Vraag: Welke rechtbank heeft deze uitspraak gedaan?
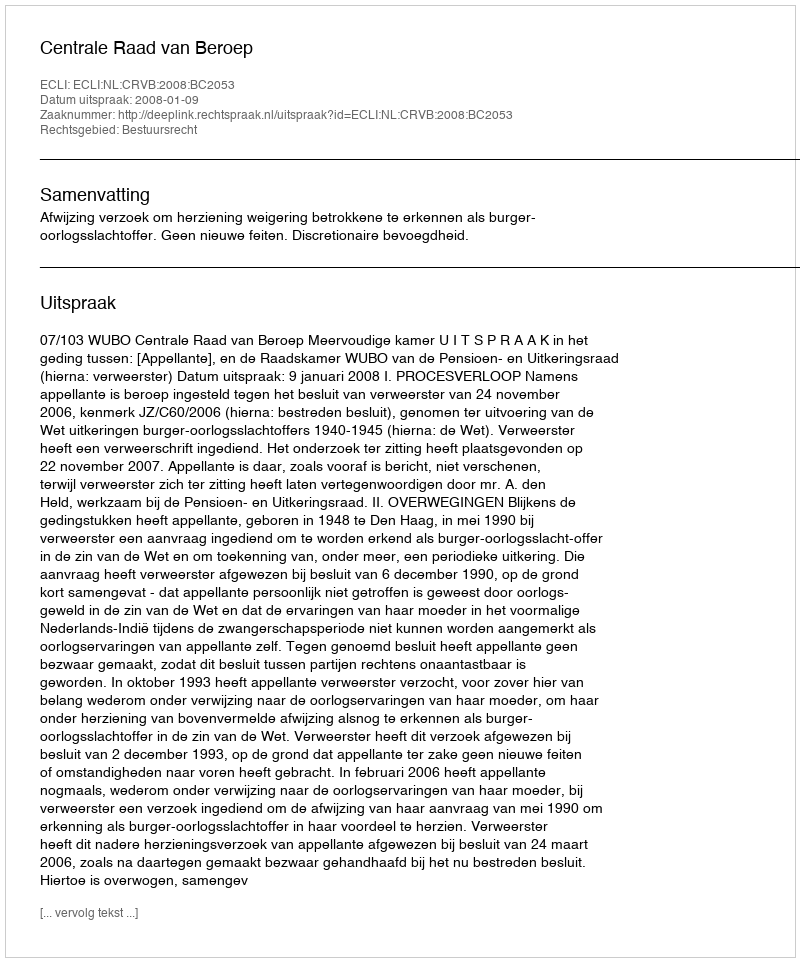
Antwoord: Centrale Raad van Beroep